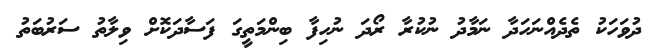
ދުވަހަކު ތެދެއްނަހަދާ ނަމާދު ނުކުރާ ރޯދަ ނުހިފާ ބިންމަތީގަ ފަސާދަކޮށް ވިލާތު ސަރުބަތު